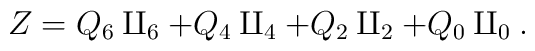
Z=Q_6\amalg_6 + Q_4\amalg_4 + Q_2\amalg_2 + Q_0\amalg_0.